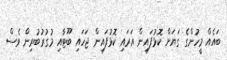
ބައެއް މީހުންގެ ގަޔަށް ކޮޅުފައިން އަރައި ކޮޅުފައިން ޖަހައި ބޫޓާއި މުގުރުބުރިން ވެސް